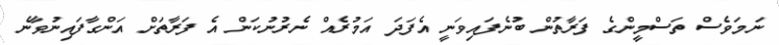
ނަމަވެސް ތަސްމީންގެ ފަރާތުން ބުނެފައިވަނީ އެފަދަ އަމުރެއް ނެރުނުކަން އެ ފަރާތަށް އަންގާފައިނުވާނެ